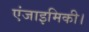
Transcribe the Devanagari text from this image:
एंजाइमिकी।